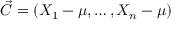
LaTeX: { \vec { C } } = ( X _ { 1 } - \mu , \ldots , X _ { n } - \mu )